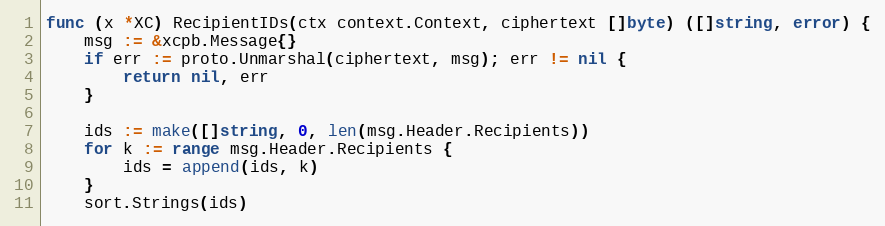
Language: Go
func (x *XC) RecipientIDs(ctx context.Context, ciphertext []byte) ([]string, error) {
	msg := &xcpb.Message{}
	if err := proto.Unmarshal(ciphertext, msg); err != nil {
		return nil, err
	}

	ids := make([]string, 0, len(msg.Header.Recipients))
	for k := range msg.Header.Recipients {
		ids = append(ids, k)
	}
	sort.Strings(ids)